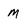
Character: m